Trukikaitis_Postimees, lk 74
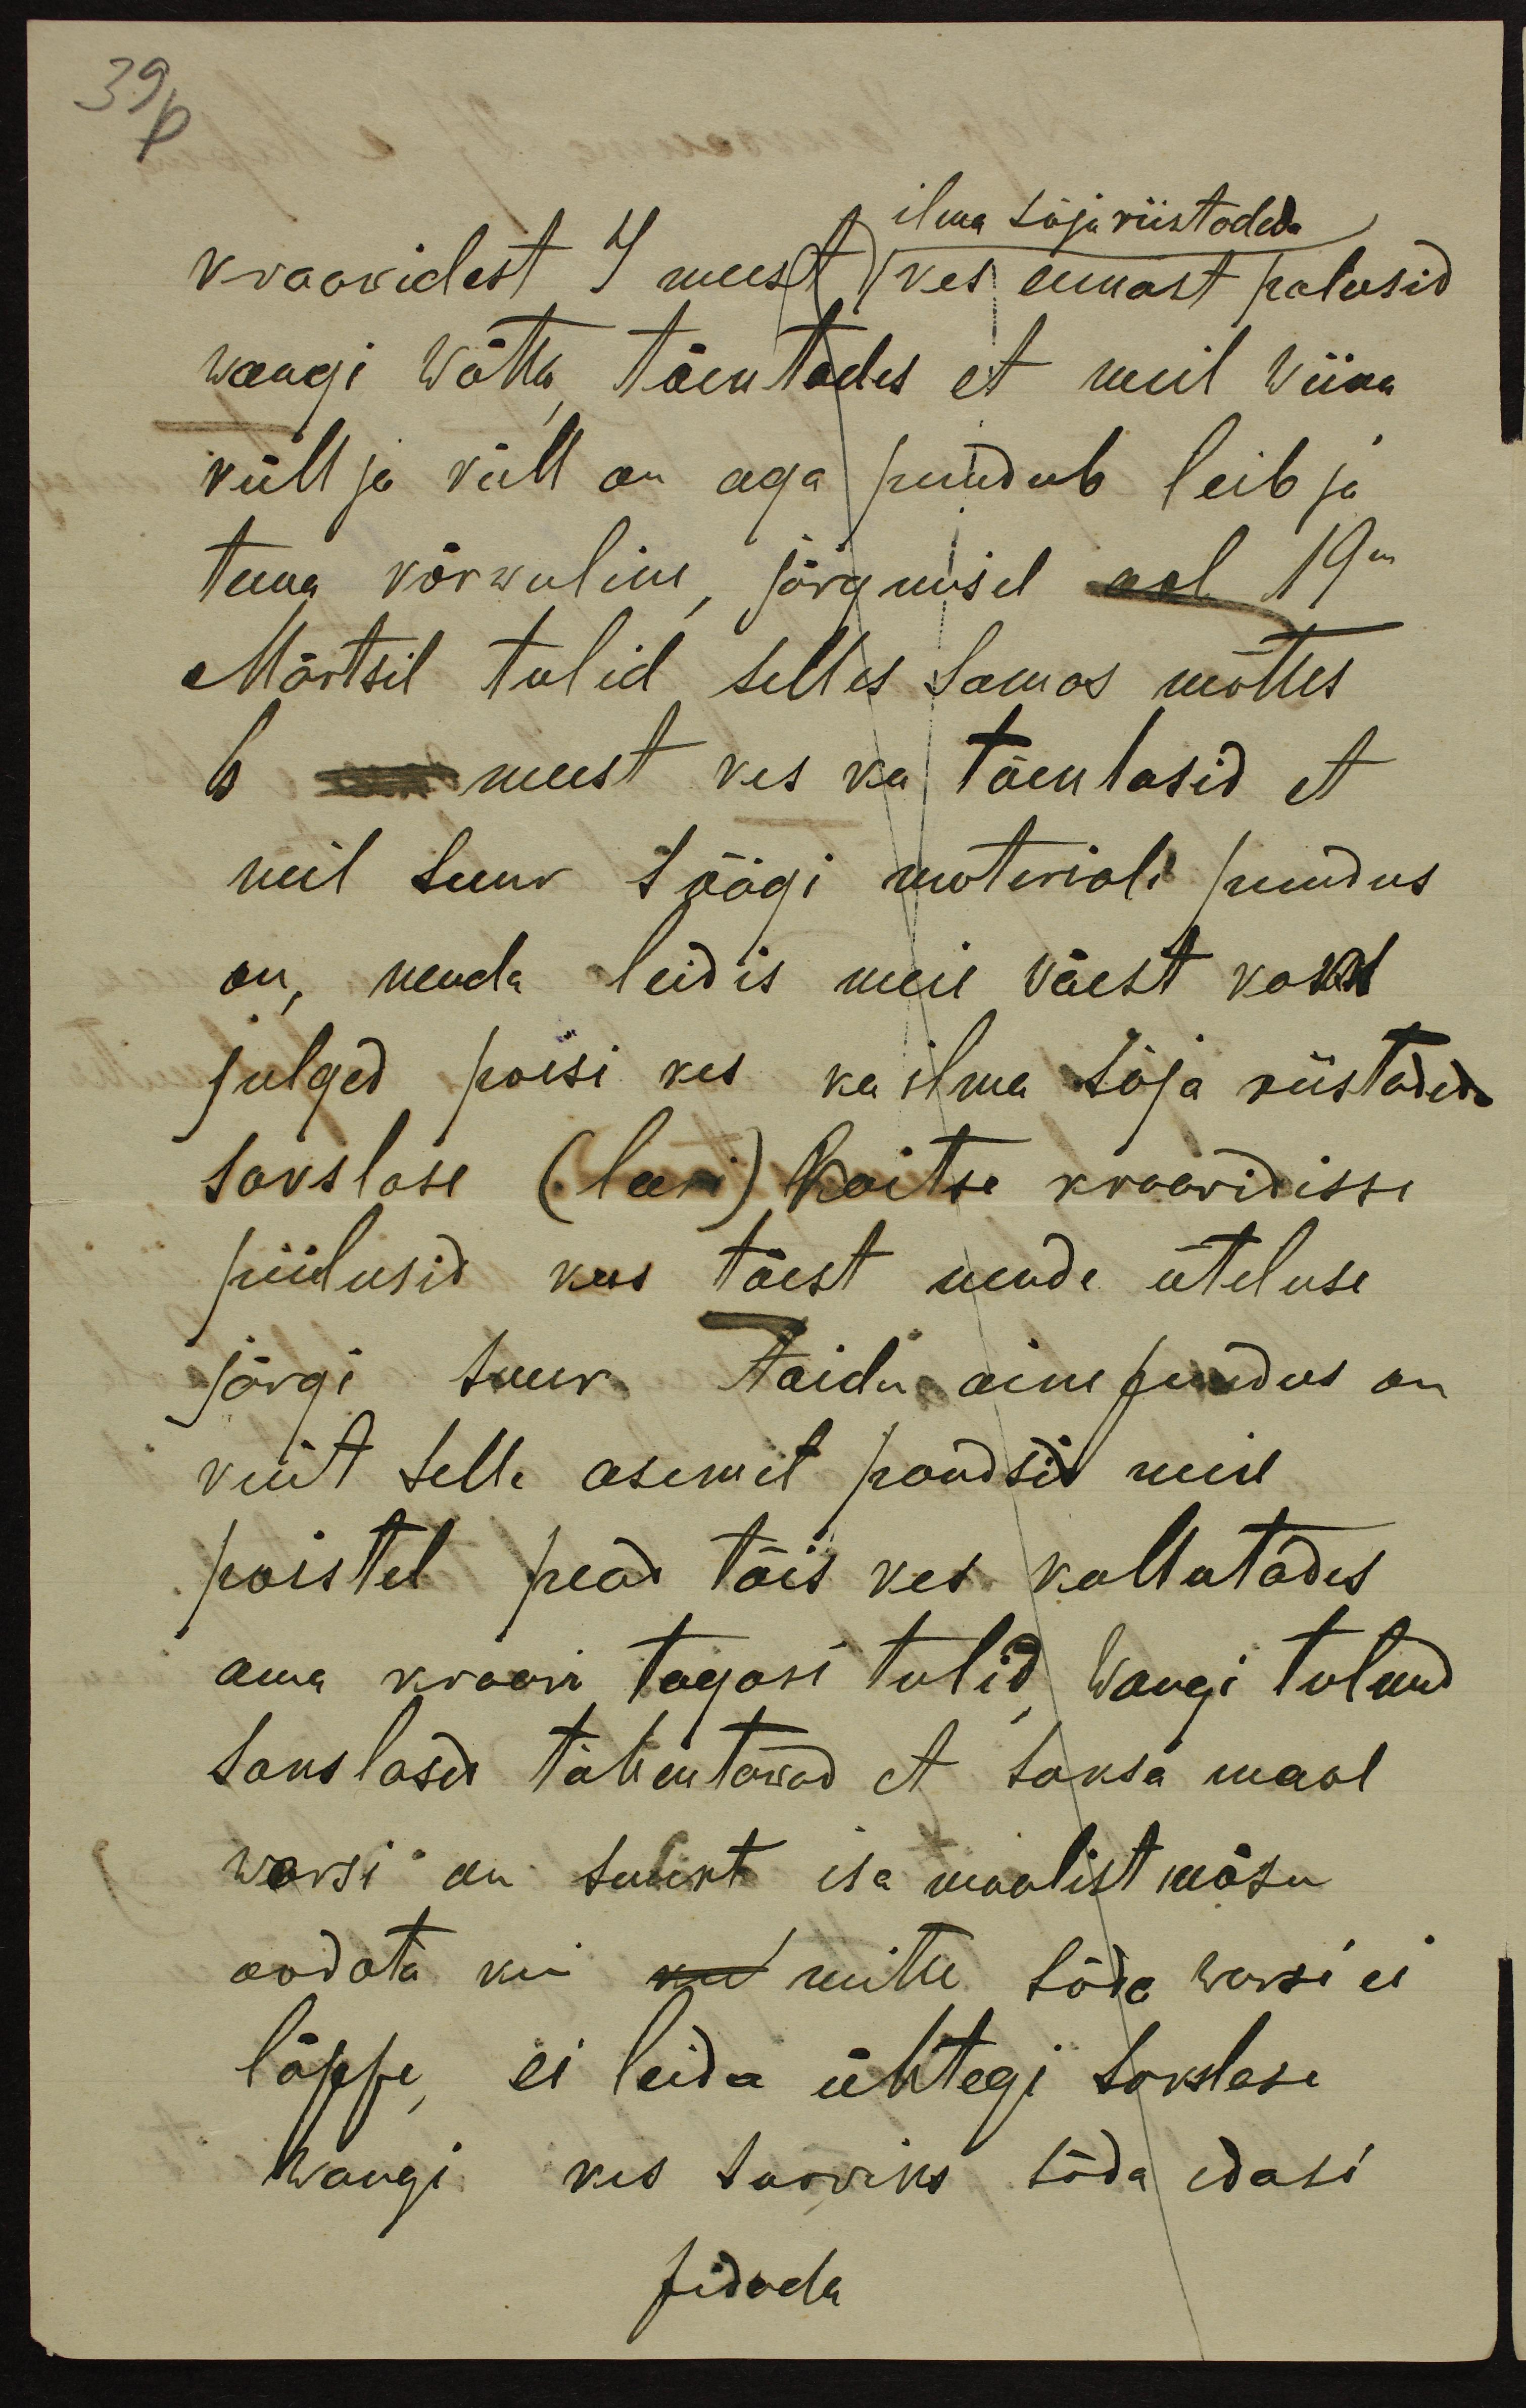
39
ilma sõjariistadeda
kraawidest 4 meest kes ennast palusid
wangi wõtta, tõentades et meil wiina
küll ja küll on aga puudub leib ja
tema kõrwuline, järgmisel aol 19m
Märtsil tulid selles samas mõttes
6 - meest kes ka tõentasid et
neil suur söögi materiali puudus
on, nenda leidis meie käest kaks
julged poisi kes ka ilma sõja riistadeda
sakslase (leeri) kaitse kraawidisse
piilusid kus tõest nende üteluse
järgi suur toidu aine puudus on
kuit selle asemel pandsid meie
poistel pead täis kes kallutades
oma kraawi tagasi tulid, wangi tulnud
sakslased tähentawad et saksa maal
warsi on suurt isa maalist mäsu
oodata kui ku mitte sõda warsi ei
lõppe, ei leida ühtegi sakslase
wangi kes soowiks sõda edasi
pidada